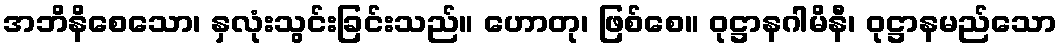
အဘိနိစေသော၊ နှလုံးသွင်းခြင်းသည်။ ဟောတု၊ ဖြစ်စေ။ ဝုဋ္ဌာနဂါမိနီ၊ ဝုဋ္ဌာနမည်သော